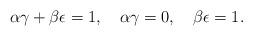
LaTeX: \begin{align*}\alpha \gamma + \beta \epsilon = 1, \quad \alpha \gamma =0, \quad\beta \epsilon =1. \end{align*}